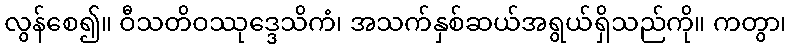
လွန်စေ၍။ ဝီသတိဝဿုဒ္ဒေသိကံ၊ အသက်နှစ်ဆယ်အရွယ်ရှိသည်ကို။ ကတွာ၊